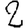
Digit: 2